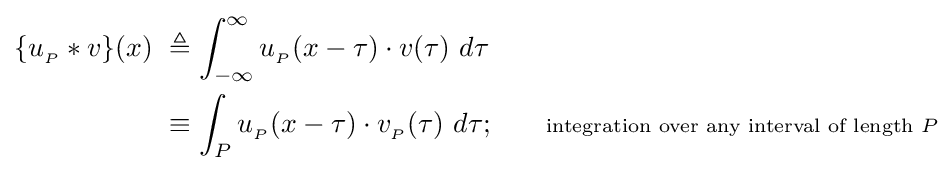
{\begin{aligned}\{u_{_{P}}*v\}(x)\ &\triangleq \int _{-\infty }^{\infty }u_{_{P}}(x-\tau )\cdot v(\tau )\ d\tau \\&\equiv \int _{P}u_{_{P}}(x-\tau )\cdot v_{_{P}}(\tau )\ d\tau ;\quad \quad \scriptstyle {\text{integration over any interval of length }}P\end{aligned}}